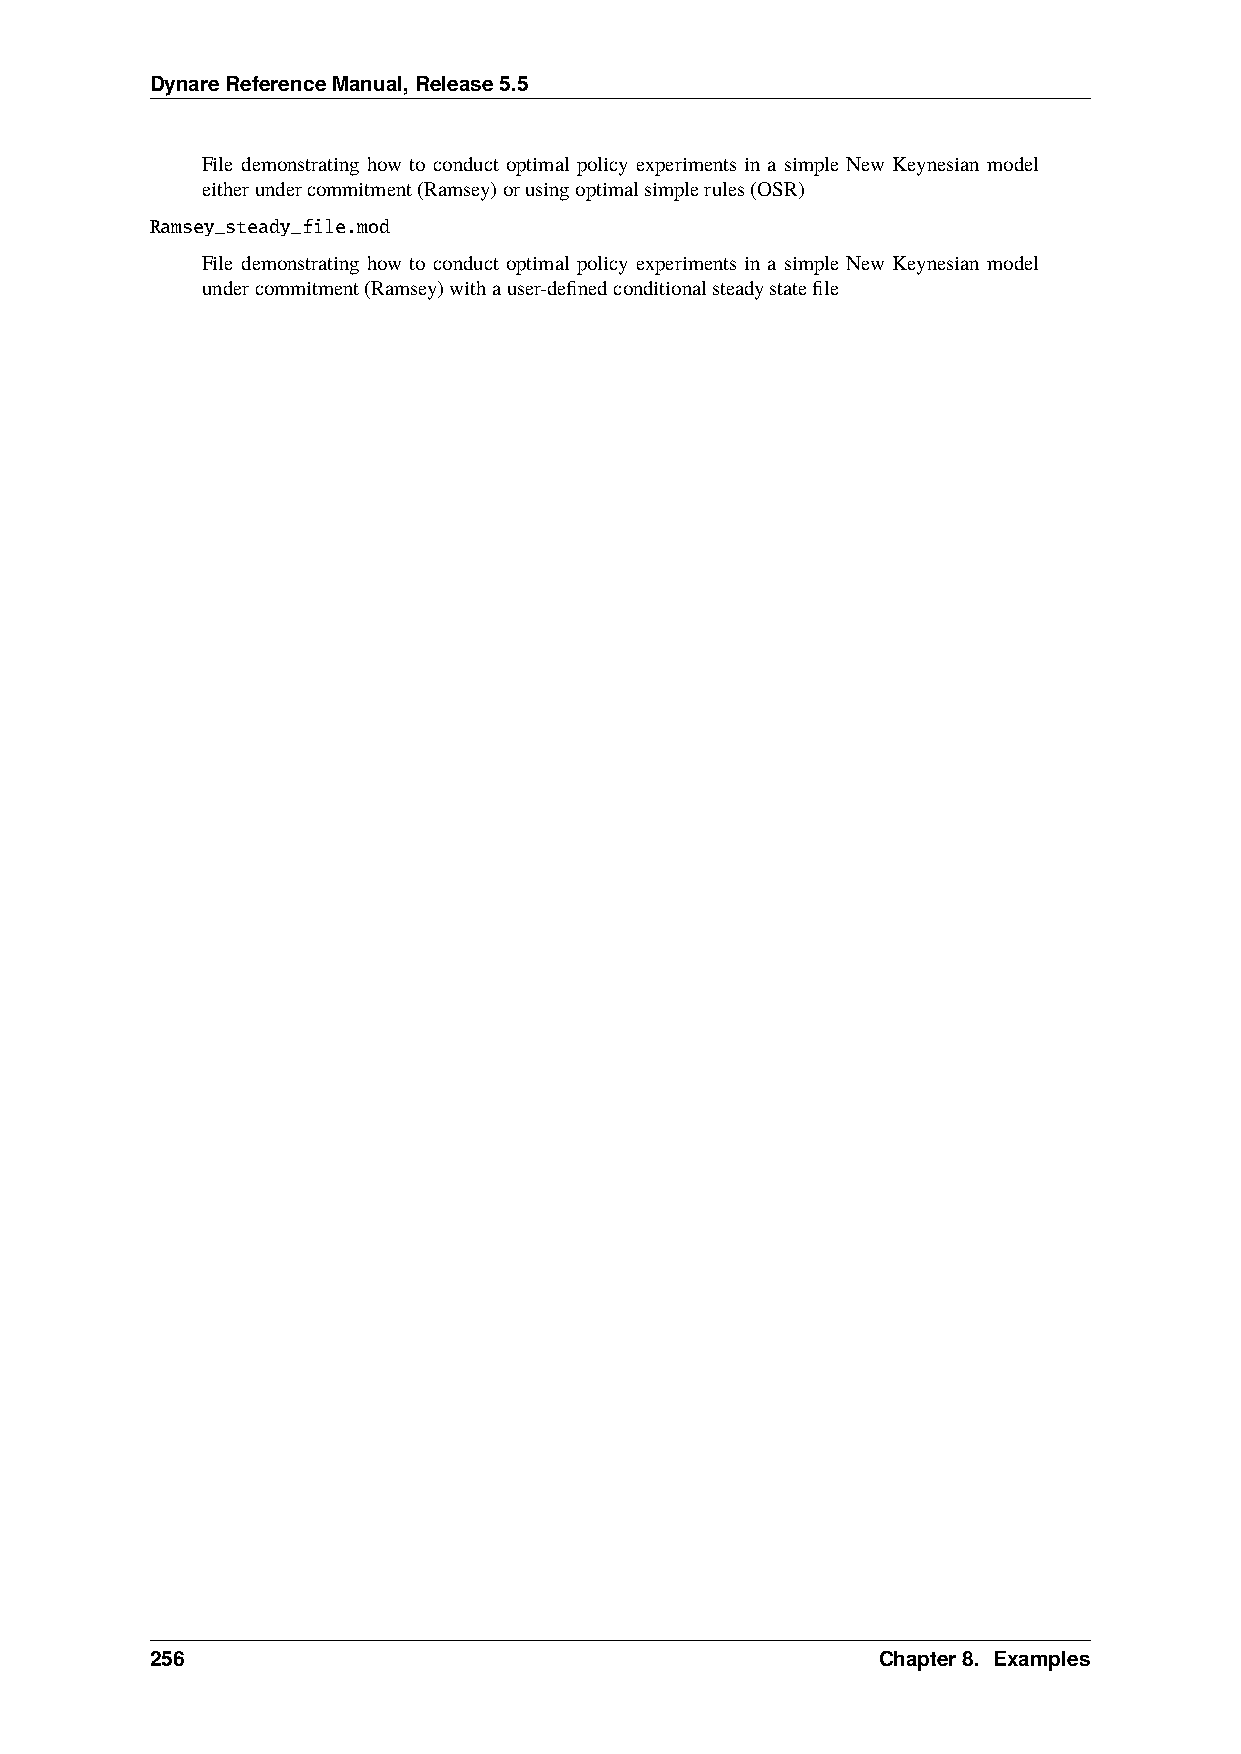
DynareReferenceManual,Release5.5
 File demonstrating how to conduct optimal policy experiments in a simple New Keynesian model
 eitherundercommitment(Ramsey)orusingoptimalsimplerules(OSR)
 Ramsey_steady_file.mod
 File demonstrating how to conduct optimal policy experiments in a simple New Keynesian model
 undercommitment(Ramsey)withauser-definedconditionalsteadystatefile
 256                                             Chapter8. Examples